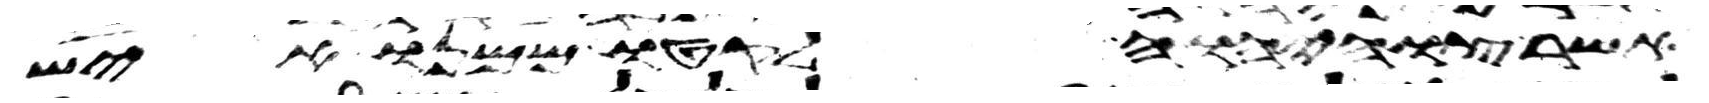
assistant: אשר צוה יהוה לקטו ממנו איש